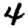
Digit: 4